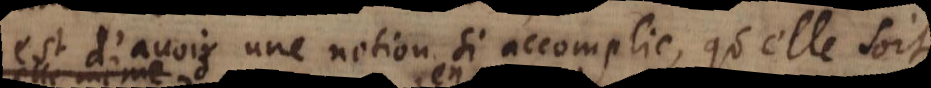
est d’avoir une notion si accomplie, qu’elle soit